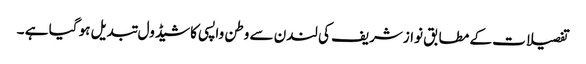
تفصیلات کے مطابق نوازشریف کی لندن سے وطن واپسی کا شیڈول تبدیل ہو گیا ہے ۔